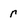
Character: r